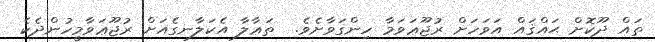
ތައް ދޫކޮށް ޙައްޤައް އަވަހަށް ރުޖޫޢަވަމާ ހިންގަވާށެވެ.  ތަޢާލާ އެކަލާނގެއަށް ރުޖޫޢަވާމީހުންދެކެ